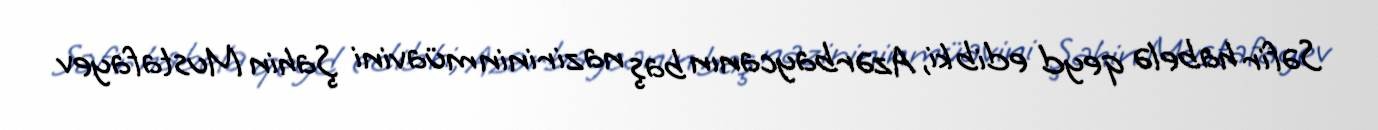
Səfir habelə qeyd edib ki, Azərbaycanın baş nazirinin müavini Şahin Mustafayev